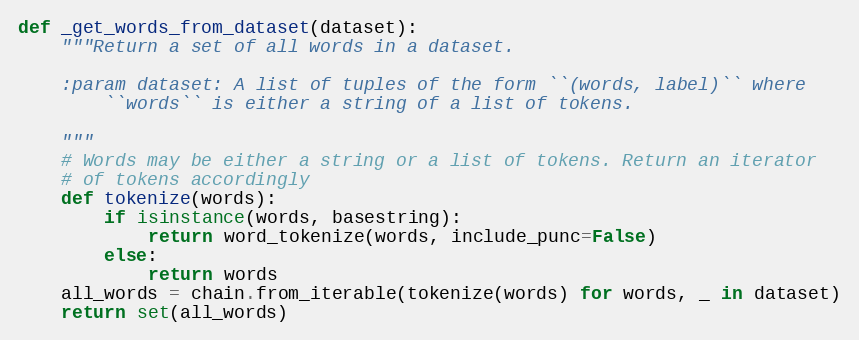
Language: Python
def _get_words_from_dataset(dataset):
    """Return a set of all words in a dataset.

    :param dataset: A list of tuples of the form ``(words, label)`` where
        ``words`` is either a string of a list of tokens.

    """
    # Words may be either a string or a list of tokens. Return an iterator
    # of tokens accordingly
    def tokenize(words):
        if isinstance(words, basestring):
            return word_tokenize(words, include_punc=False)
        else:
            return words
    all_words = chain.from_iterable(tokenize(words) for words, _ in dataset)
    return set(all_words)